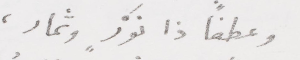
وعطفًا ذا نورٍ وثمار،